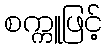
စက္ကူဖြင့်